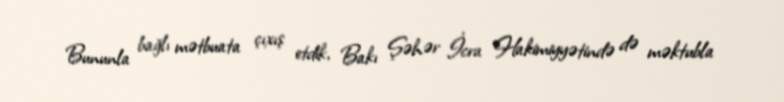
Bununla bağlı mətbuata çıxış etdik, Bakı Şəhər İcra Hakimiyyətində də məktubla